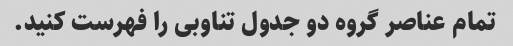
تمام عناصر گروه دو جدول تناوبی را فهرست کنید.